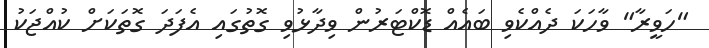
"ހަވީރާ" ވާހަކަ ދެއްކެވި ބައެއް ޑޮކްޓަރުން ވިދާޅުވި ގޮތުގައި އެފަދަ ގޮތަކަށް ކުއްޖަކު